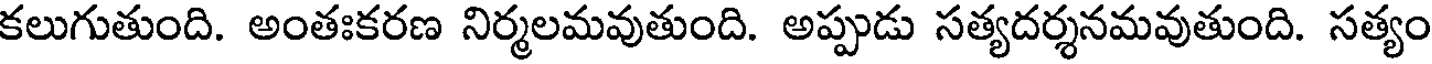
కలుగుతుంది. అంతఃకరణ నిర్మలమవుతుంది. అప్పుడు సత్యదర్శనమవుతుంది. సత్యం